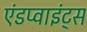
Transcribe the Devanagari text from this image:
एंडप्वाइंट्स